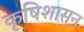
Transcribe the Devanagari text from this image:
कृषिशासन